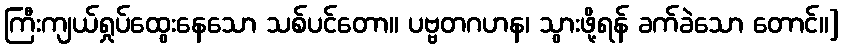
ကြီးကျယ်ရှုပ်ထွေးနေသော သစ်ပင်တော။ ပဗ္ဗတဂဟန၊ သွားဖို့ရန် ခက်ခဲသော တောင်။]